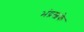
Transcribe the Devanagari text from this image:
भंद्रस्वके